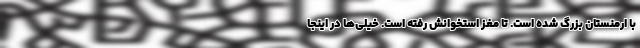
با ارمنستان بزرگ شده است. تا مغز استخوانش رفته است. خیلی‌ها در اینجا